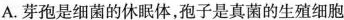
A.芽孢是细菌的休眠体，孢子是真菌的生殖细胞